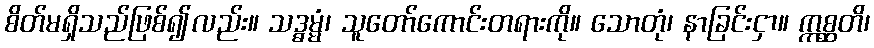
စိတ်မရှိသည်ဖြစ်၍လည်း။ သဒ္ဓမ္မံ၊ သူတော်ကောင်းတရားကို။ သောတုံ၊ နာခြင်းငှာ။ ဣစ္ဆတိ၊